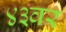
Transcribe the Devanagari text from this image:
४३वर